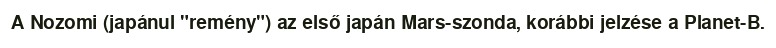
A Nozomi (japánul "remény") az első japán Mars-szonda, korábbi jelzése a Planet-B.